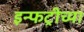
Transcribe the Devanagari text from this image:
इन्फट्रीच्या